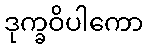
ဒုက္ခဝိပါကော